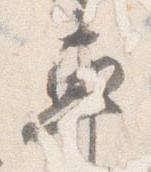
車